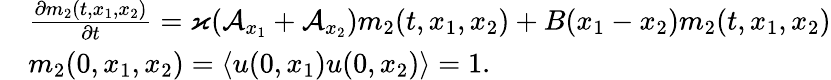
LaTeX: \begin{array}{rl}&{\frac{\partial m_{2}(t,x_{1},x_{2})}{\partial t}=\varkappa(\mathcal{A}_{x_{1}}+\mathcal{A}_{x_{2}})m_{2}(t,x_{1},x_{2})+B(x_{1}-x_{2})m_{2}(t,x_{1},x_{2})}\\ &{m_{2}(0,x_{1},x_{2})=\langle u(0,x_{1})u(0,x_{2})\rangle=1.}\end{array}